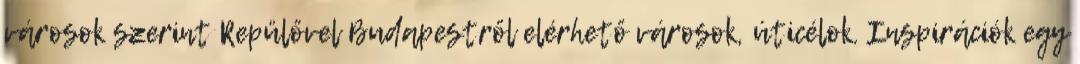
városok szerint Repülővel Budapestről elérhető városok, úticélok. Inspirációk egy